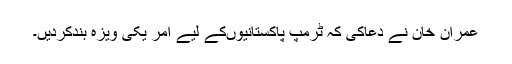
عمران خان نے دعاکی کہ ٹرمپ پاکستانیوںکے لیے امر یکی ویزہ بندکردیں۔